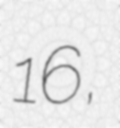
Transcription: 16,